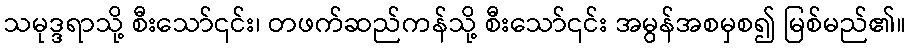
သမုဒ္ဒရာသို့ စီးသော်၎င်း၊ တဖက်ဆည်ကန်သို့ စီးသော်၎င်း အမွန်အစမှစ၍ မြစ်မည်၏။